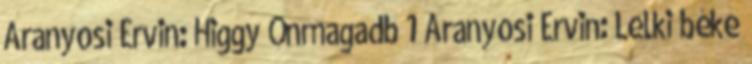
Aranyosi Ervin: Higgy Önmagadb 1 Aranyosi Ervin: Lelki béke